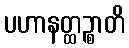
ပဟာနတ္ထဉ္စာတိ